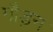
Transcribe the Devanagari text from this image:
गौड़न